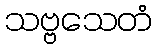
သဗ္ဗသေတံ